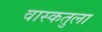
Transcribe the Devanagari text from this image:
वास्कतुला